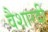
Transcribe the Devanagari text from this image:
वैशारदी